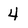
Character: 4